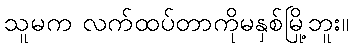
သူမက လက်ထပ်တာကိုမနှစ်မြို့ဘူး။